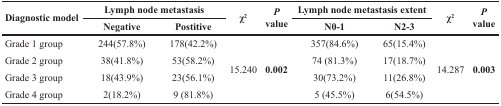
<table><thead><tr><td rowspan="2"><b>Diagnostic model</b></td><td colspan="2"><b>Lymph node metastasis</b></td><td rowspan="2"><b>χ<sup>2</sup></b></td><td rowspan="2"><b><i>P</i> value</b></td><td colspan="2"><b>Lymph node metastasis extent</b></td><td rowspan="2"><b>χ<sup>2</sup></b></td><td rowspan="2"><b><i>P</i> value</b></td></tr><tr><td><b>Negative</b></td><td><b>Postitive</b></td><td><b>N0-1</b></td><td><b>N2-3</b></td></tr></thead><tbody><tr><td>Grade 1 group</td><td>244(57.8%)</td><td>178(42.2%)</td><td rowspan="4">15.240</td><td rowspan="4"><b>0.002</b></td><td>357(84.6%)</td><td>65(15.4%)</td><td rowspan="4">14.287</td><td rowspan="4"><b>0.003</b></td></tr><tr><td>Grade 2 group</td><td>38(41.8%)</td><td>53(58.2%)</td><td>74 (81.3%)</td><td>17(18.7%)</td></tr><tr><td>Grade 3 group</td><td>18(43.9%)</td><td>23(56.1%)</td><td>30(73.2%)</td><td>11(26.8%)</td></tr><tr><td>Grade 4 group</td><td>2(18.2%)</td><td>9 (81.8%)</td><td>5 (45.5%)</td><td>6(54.5%)</td></tr></tbody></table>